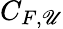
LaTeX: C_{F,\mathscr{U}}